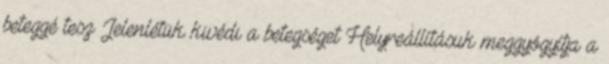
beteggé tesz Jelenlétük kivédi a betegséget Helyreállításuk meggyógyítja a